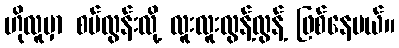
ဟိုလူမှာ စပ်လွန်းလို့ လူးလူးလွန့်လွန့် ဖြစ်နေမယ်။